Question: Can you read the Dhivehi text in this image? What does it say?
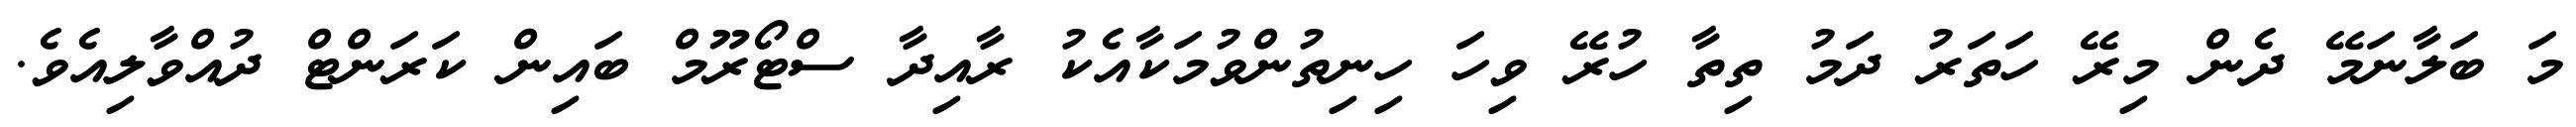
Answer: މަ ބަލާނަމޭ ދެން މިރޭ ހަތަރު ދަމު ތިތާ ހުރޭ ވިހަ ހިނިތުންވުމަކާއެކު ރާއިދާ ސްޓޯރޫމް ބައިން ކަރަންޓް ދުއްވާލިއެވެ.